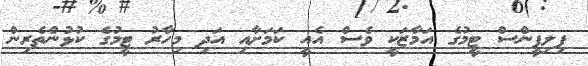
ފިލިޕީންސް ޓީމުގެ އަމާޒަކީ ވެސް އެއީ ކަމަށާއި އަދި މިހާރު ޓީމުގެ ކުޅުންތެރިން